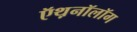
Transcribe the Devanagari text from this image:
ऍथ़नॉलॉग